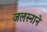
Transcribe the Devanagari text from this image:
जलस्नाने